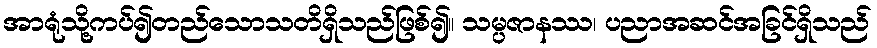
အာရုံသို့ကပ်၍တည်သောသတိရှိသည်ဖြစ်၍။ သမ္ပဇာနဿ၊ ပညာအဆင်အခြင်ရှိသည်